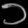
Digit: ၁